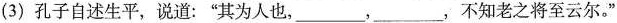
(3)孔子自述生平，说道：”其为人也，___，___，不知老之将至云尔。”